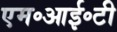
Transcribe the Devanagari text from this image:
एम॰आई॰टी